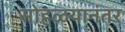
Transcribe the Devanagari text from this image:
सोहळयानंतर